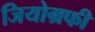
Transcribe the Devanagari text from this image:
जियोग्रफी